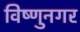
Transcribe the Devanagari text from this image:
विष्णुनगर